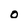
Character: o